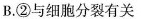
B. ②与细胞分裂有关